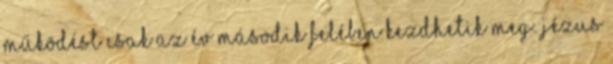
működést csak az év második felében kezdhetik meg. Jézus